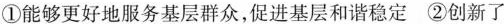
①能够更好地服务基层群众，促进基层和谐稳定 ②创新了